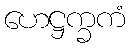
ဟေဋ္ဌက္ခကံ